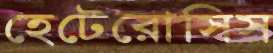
হেটেরোসিস